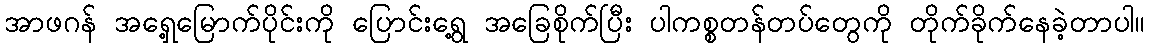
အာဖဂန် အရှေ့မြောက်ပိုင်းကို ပြောင်းရွေ့ အခြေစိုက်ပြီး ပါကစ္စတန်တပ်တွေကို တိုက်ခိုက်နေခဲ့တာပါ။